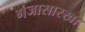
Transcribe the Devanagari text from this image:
गंजासारखा